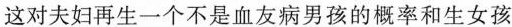
这对夫妇再生一个不是血友病男孩的概率和生女孩